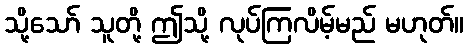
သို့သော် သူတို့ ဤသို့ လုပ်ကြလိမ့်မည် မဟုတ်။